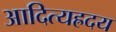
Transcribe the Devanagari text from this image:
आदित्यह्रदय